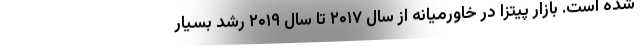
شده است. بازار پیتزا در خاورمیانه از سال ۲۰۱۷ تا سال ۲۰۱۹ رشد بسیار